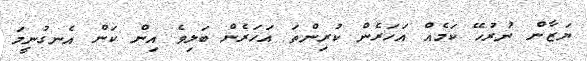
ޔަޒާން ނުރުހޭ ކަމެއް އަހަރެން ކުރިންތަ އަހަރެން ބަލިވެ އިން ކަން އެނގުނީމަ